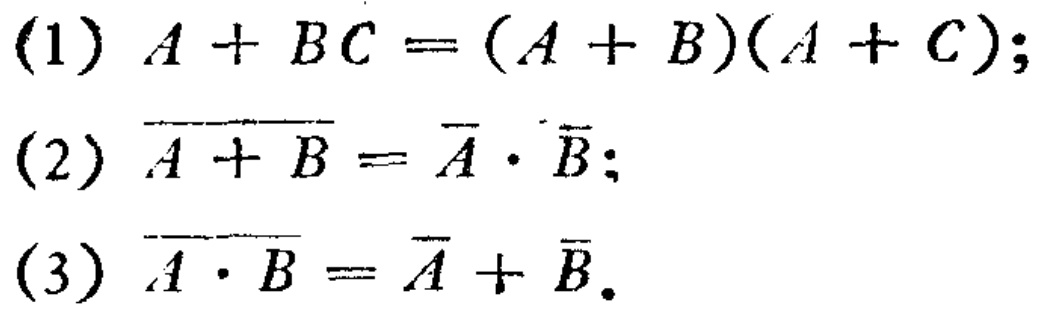
(1) \(A + BC=(A + B)(A + C)\);

(2) \(\overline{A + B}=\overline{A}\cdot\overline{B}\);

(3) \(\overline{A\cdot B}=\overline{A}+\overline{B}\).